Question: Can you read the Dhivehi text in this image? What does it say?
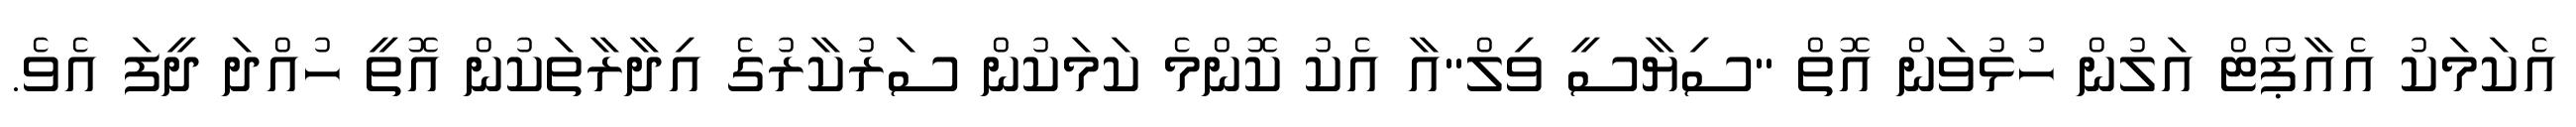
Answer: އެކަމަކު އެއާޕޯޓް އަލުން ހުޅުވަން އޮތް "ސިޔާސީ ވިލް"އާ އެކު ކޮންމެ ކަމަކުން ސަރުކާރުގެ އިދާރާތަކުން އޮތީ ހުއްދަ ދީފަ އެވެ.